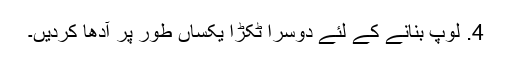
4. لوپ بنانے کے لئے دوسرا ٹکڑا یکساں طور پر آدھا کردیں۔